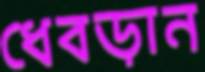
ধেবড়ান